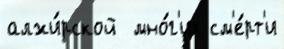
алжи́рской  мно́г'их см'е́рт'и